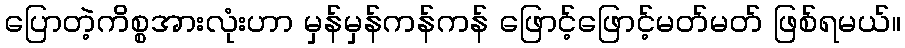
ပြောတဲ့ကိစ္စအားလုံးဟာ မှန်မှန်ကန်ကန် ဖြောင့်ဖြောင့်မတ်မတ် ဖြစ်ရမယ်။